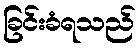
ခြင်းခံရသည်